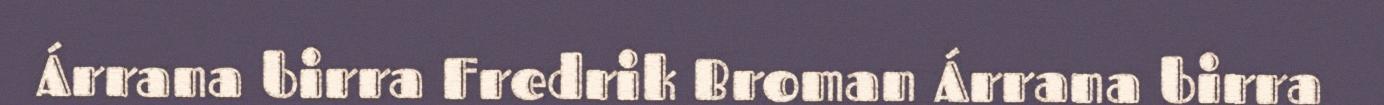
Árrana birra Fredrik Broman Árrana birra